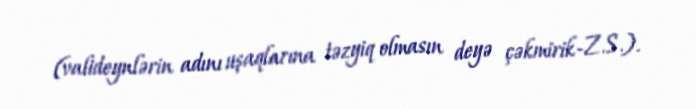
(valideynlərin adını uşaqlarına təzyiq olmasın deyə çəkmirik-Z.S.).